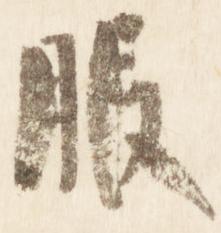
服